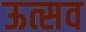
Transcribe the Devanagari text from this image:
ऊत्सव